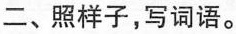
二、照样子，写词语。